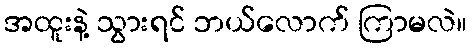
အထူးနဲ့ သွားရင် ဘယ်လောက် ကြာမလဲ။